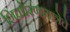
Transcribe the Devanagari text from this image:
शिवप्रेरणायात्रेचे